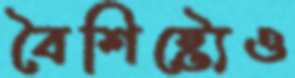
বৈশিষ্ট্যেও